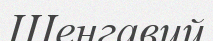
Шенгавий